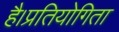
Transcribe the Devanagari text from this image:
है।प्रतियोगिता